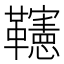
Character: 𩍹